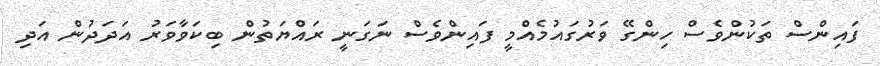
ފައިންސް ތަކުންވެސް ހިންގޭ ވަރުގައުމެއްމީ ފައިންވެސް ނަގަނީ ރައްޔަތުން ބިކަވާވަރު އަދަދުން އަދި